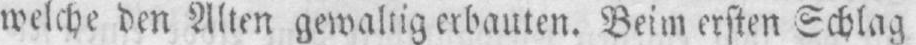
welche den Alten gewaltig erbauten. Beim ersten Schlag